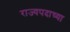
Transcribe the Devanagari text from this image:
राज्यपदाच्या